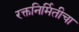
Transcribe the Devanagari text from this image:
रक्तनिर्मितीचा